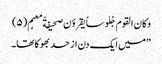
وکان القوم جُلوساً یقروٴن صحیفةً معہم(۵)
”میں ایک دن از حد بھوکا تھا۔